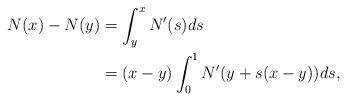
LaTeX: \begin{align*}N(x) - N(y) & = \int_{y}^{x} N'(s) ds \\& = (x-y) \int_0^1 N'(y+s(x-y)) ds, \\\end{align*}